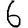
Digit: 6